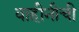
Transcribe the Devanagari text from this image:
वाहीनीची